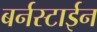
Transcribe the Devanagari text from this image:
बर्नस्टाईन